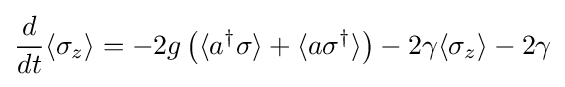
{\frac {d}{dt}}\langle \sigma _{z}\rangle =-2g\left(\langle a^{\dagger }\sigma \rangle +\langle a\sigma ^{\dagger }\rangle \right)-2\gamma \langle \sigma _{z}\rangle -2\gamma